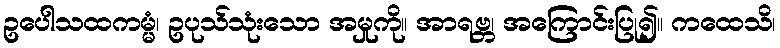
ဥပေါသထကမ္မံ၊ ဥပုသ်သုံးသော အမှုကို။ အာရဗ္ဘ၊ အကြောင်းပြု၍။ ကထေသိ၊